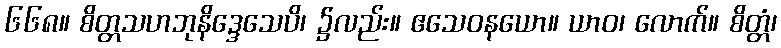
၆၆၈။ စိတ္တသဟဘုနိဒ္ဒေသေပိ၊ ၌လည်း။ ဧသေဝနယော။ ယာဝ၊ လောက်။ စိတ္တံ၊